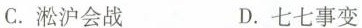
C.淞沪会战 D.七七事变